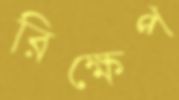
রিক্ষেপ